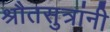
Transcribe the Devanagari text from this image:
श्रौतसुत्रांनी